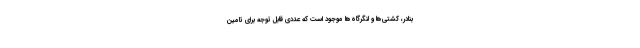
بنادر، کشتی‌ها و لنگرگاه‌ها موجود است که عددی قابل توجه برای تامین